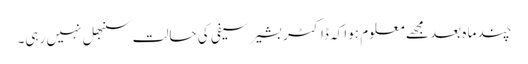
چند ما ہ بعد مجھے معلوم ہوا کہ ڈاکٹر بشیر سیفی کی حالت سنبھل نہیں رہی۔